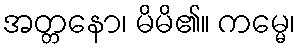
အတ္တနော၊ မိမိ၏။ ကမ္မေ၊